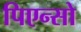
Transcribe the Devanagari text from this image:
पिएन्सो